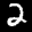
Label: 2